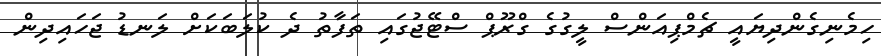
ހިމެނިގެންދިޔައީ ޗެމްޕިއަންސް ލީގުގެ ގްރޫޕް ސްޓޭޖުގައި ތަފާތު ދެ ކުލަބަކަށް ލަނޑު ޖަހައިދިން